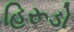
હિરૂડો